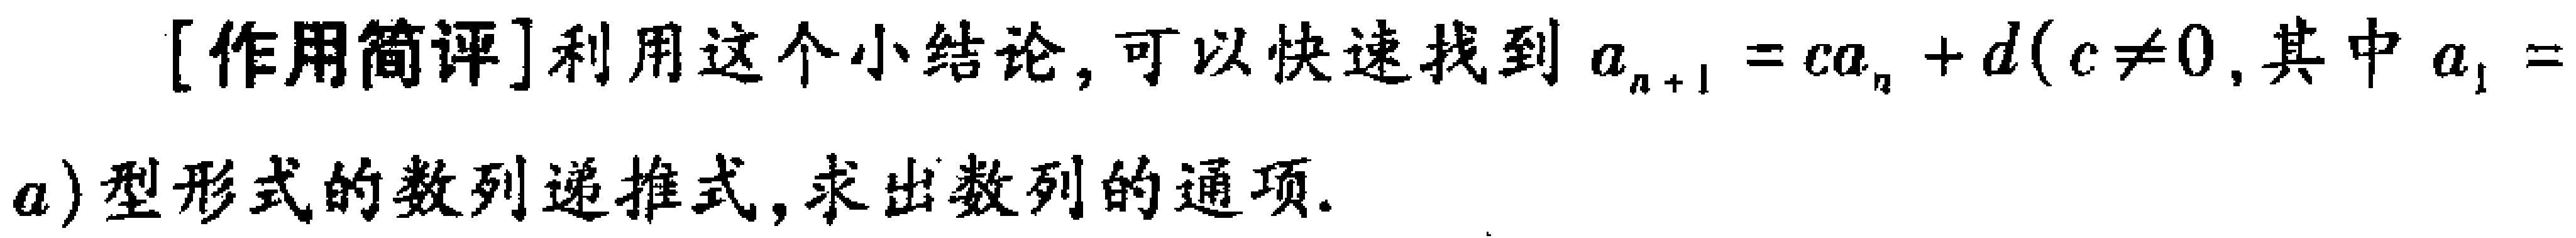
[作用简评]利用这个小结论，可以快速找到\(a_{n + 1}=ca_{n}+d(c\neq0,其中a_{1}=a)\)型形式的数列递推式，求出数列的通项.